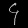
Digit: ၄